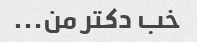
خب دکتر من...